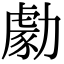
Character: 勮